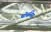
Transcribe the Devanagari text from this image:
थोर्सनेस